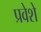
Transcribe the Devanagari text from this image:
प्रवेशे